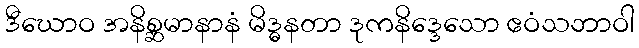
ဒီဃောဝ အနိစ္ဆမာနာနံ မိဒ္ဓနတာ ဒုကနိဒ္ဒေသော ဧဝံသဘာဝါ